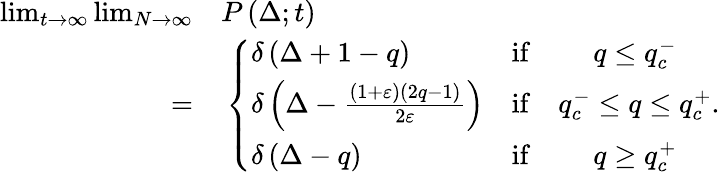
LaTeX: \begin{array}{rl}{\operatorname*{lim}_{t\to\infty}\operatorname*{lim}_{N\to\infty}}&{{}P\left(\Delta;t\right)}\\ {=}&{{}\left\{ \begin{array}{lcc}{\delta\left(\Delta+1-q\right)}&{\mathrm{if}}&{q\leq q_{c}^{-}}\\ {\delta\left(\Delta-\frac{\left(1+\varepsilon\right)\left(2q-1\right)}{2\varepsilon}\right)}&{\mathrm{if}}&{q_{c}^{-}\leq q\leq q_{c}^{+}}\\ {\delta\left(\Delta-q\right)}&{\mathrm{if}}&{q\geq q_{c}^{+}}\end{array}\right..}\end{array}